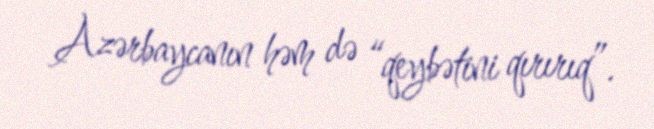
Azərbaycanın həm də “qeybətini qırırıq”.